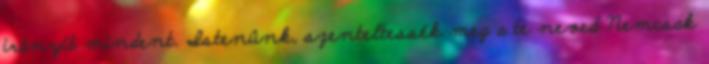
irányít mindent. Istenünk, szenteltessék meg a te neved Nemcsak